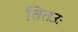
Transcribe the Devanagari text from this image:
तितउः